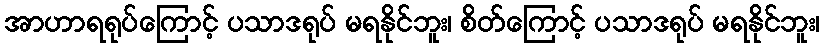
အာဟာရရုပ်ကြောင့် ပသာဒရုပ် မရနိုင်ဘူး၊ စိတ်ကြောင့် ပသာဒရုပ် မရနိုင်ဘူး၊